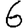
Digit: 6